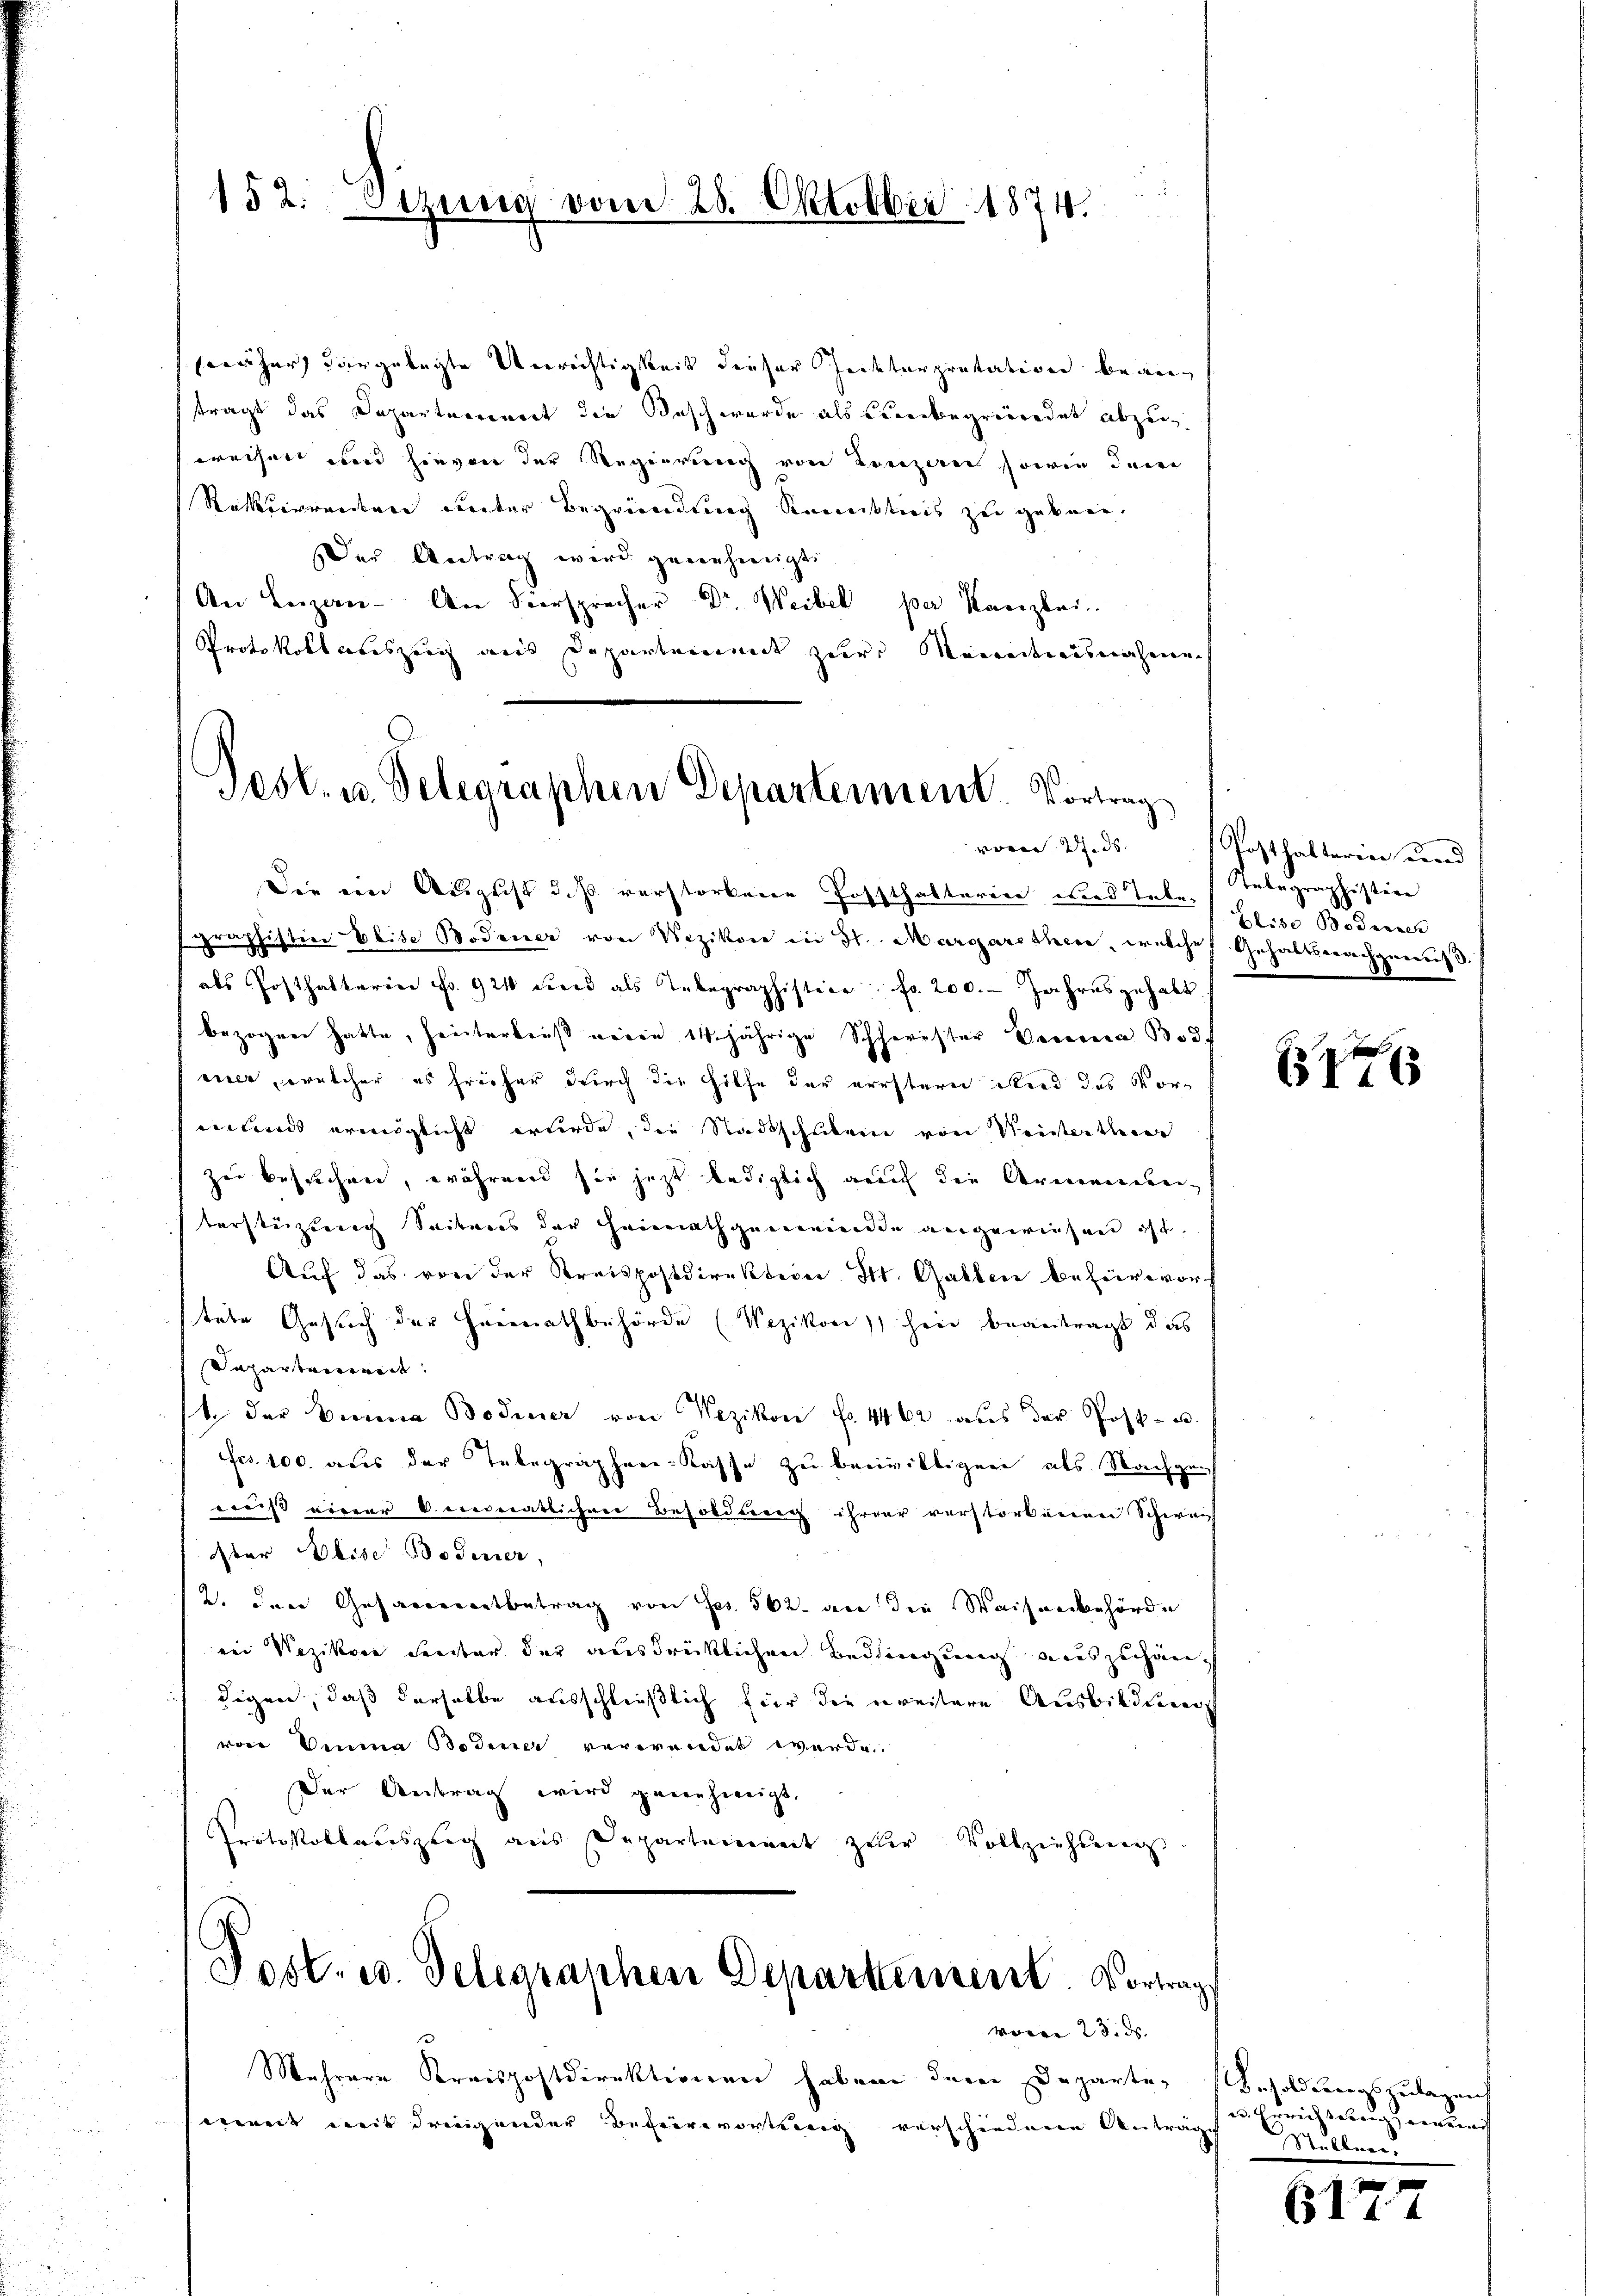
snäher dargelegte Unrechtigkeit dieser Geisterpretation beantragt das Departerriert die Basch wurde als Einbegründet abzusweiset und hievon der Regierung von Lenzen sowie dem
Rekurrentare Seiter Begründung Reinisticis zu gekann.
Der Antrag wird genehmigt.
An Lezan- An Versprecher Dr. Weibel per Kanzlei
Protokollcreszeig aus Departement zur Meinedtiausnahmen

152. Sitzung vom 25. Oktober 1874.

Pest. u. Telegraphen Departerient. Vortrag
von Wide

voren 23. ds.

Mehrere Kreispostdirektiviener haben deren Departeweit mit dringender Behervortenig verschiedene Antri

Die ein August d. Js. verstorbene Postthalterin und Talen begraphistin
graphistian Elise Bodener von Wezikon in St. Margarethene, welche
als Posthalteren Fr. 924 wird als Telegraphistice. fr. 200. Jahresgehabt
bezogen hatte, hinterbriß meine 14jährige Schhorister Verena Bo3f
eier, welcher es freiher durch die Hilfe der erstern Stand das Vormand ermöglicht wurde, die Stadtschiken von Meisterthe
zu bestechen, während sie jetzt lediglich auf die Armenweiterstüztung Seiteres der Heimathgemeinde angewiesen ist.
Auf das von der Kreispostdirektion St. Gallen behervorh
tete Gesuch der Heimathbehörde (Wezikon) hin beantragt das
Sapartvertreit
1. der Bierina Bodicier von Wezikon f. 4462 aus der Post- u.
fes. 100. aus der Telegraphen-Kasse zu beeiwilligene als Nachge
¬
muß einer 6 monatlichen Besoldung ihrer verstorbenen Schwei
ster Weise Bodener,
2. den Gesammentbetrag von Fr. 562 an die Waisenbehörde
in Wezikon Freiter der ausdrücklichen Bedingung auszuhändigen, daß derselbe ausschließlich für die weitere Ausbildenen
von Drina Bodener verwendet werde.
Der Antrag wird genehmigt.
Protokollariszeug aus Departement zur Vollziehung
Post- u. Telegraphen Departement. Vortrag

Posthalterin und
blise Bodisch
Gehaltsnachgenuß.

f
B116

Besoldungszulagen,
en. Errichterung einen |

zu Stellen,

e
C I 14